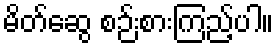
မိတ်ဆွေ စဉ်းစားကြည့်ပါ။